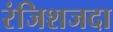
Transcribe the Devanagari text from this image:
रंजिशजदा